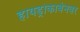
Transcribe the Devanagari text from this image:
हायड्रोकार्बनवर